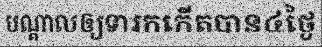
បណ្តាលឲ្យទារកកើតបាន៤ថ្ងៃ